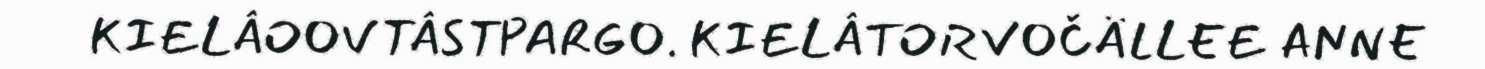
KIELÂOOVTÂSTPARGO. KIELÂTORVOČÄLLEE ANNE